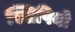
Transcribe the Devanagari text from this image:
स्सिपियो